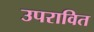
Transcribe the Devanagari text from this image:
उपरावित